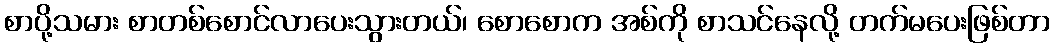
စာပို့သမား စာတစ်စောင်လာပေးသွားတယ်၊ စောစောက အစ်ကို စာသင်နေလို့ တက်မပေးဖြစ်တာ